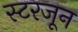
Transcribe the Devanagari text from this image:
स्टरजून